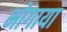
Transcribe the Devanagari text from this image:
भोगाया